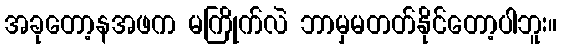
အခုတော့နအဖက မကြိုက်လဲ ဘာမှမတတ်နိုင်တော့ပါဘူး။